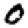
Digit: 0